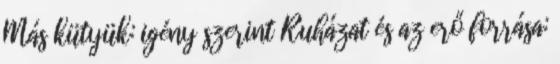
Más kütyük: igény szerint Ruházat és az erő forrása: